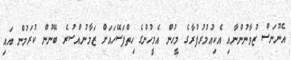
އެނޫނަސް ޒުވާނުންނާއި އެކިއުމުރުފުރާގެ މީހުން އެމީހުންގެ ހިތްފަސޭހައަށް ޒަމާނުއްސުރެ ބޭނުން ކުރަމުން އައި